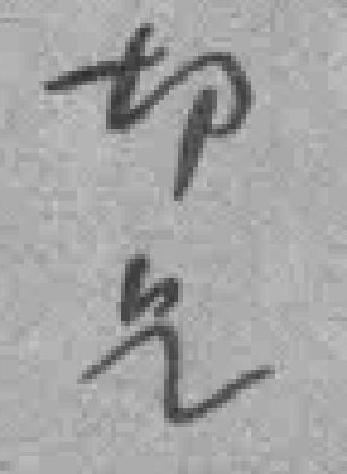
切*